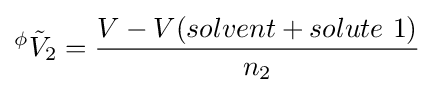
{}^{\phi }{\tilde {V}}_{2}={\frac {V-V(solvent+solute\ 1)}{n_{2}}}